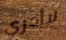
لاأدري